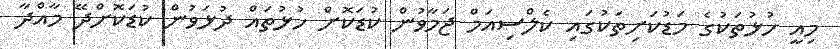
މިއީ ހުޅުތަކުގެ މަޑުކަށިތަކުގައި ކެލްސިއަމް ޖަމާވުން ކުޑަކޮށް ހުޅުތައް ދުޅަވުން ކުޑަކޮށްދޭ މާއްދާ